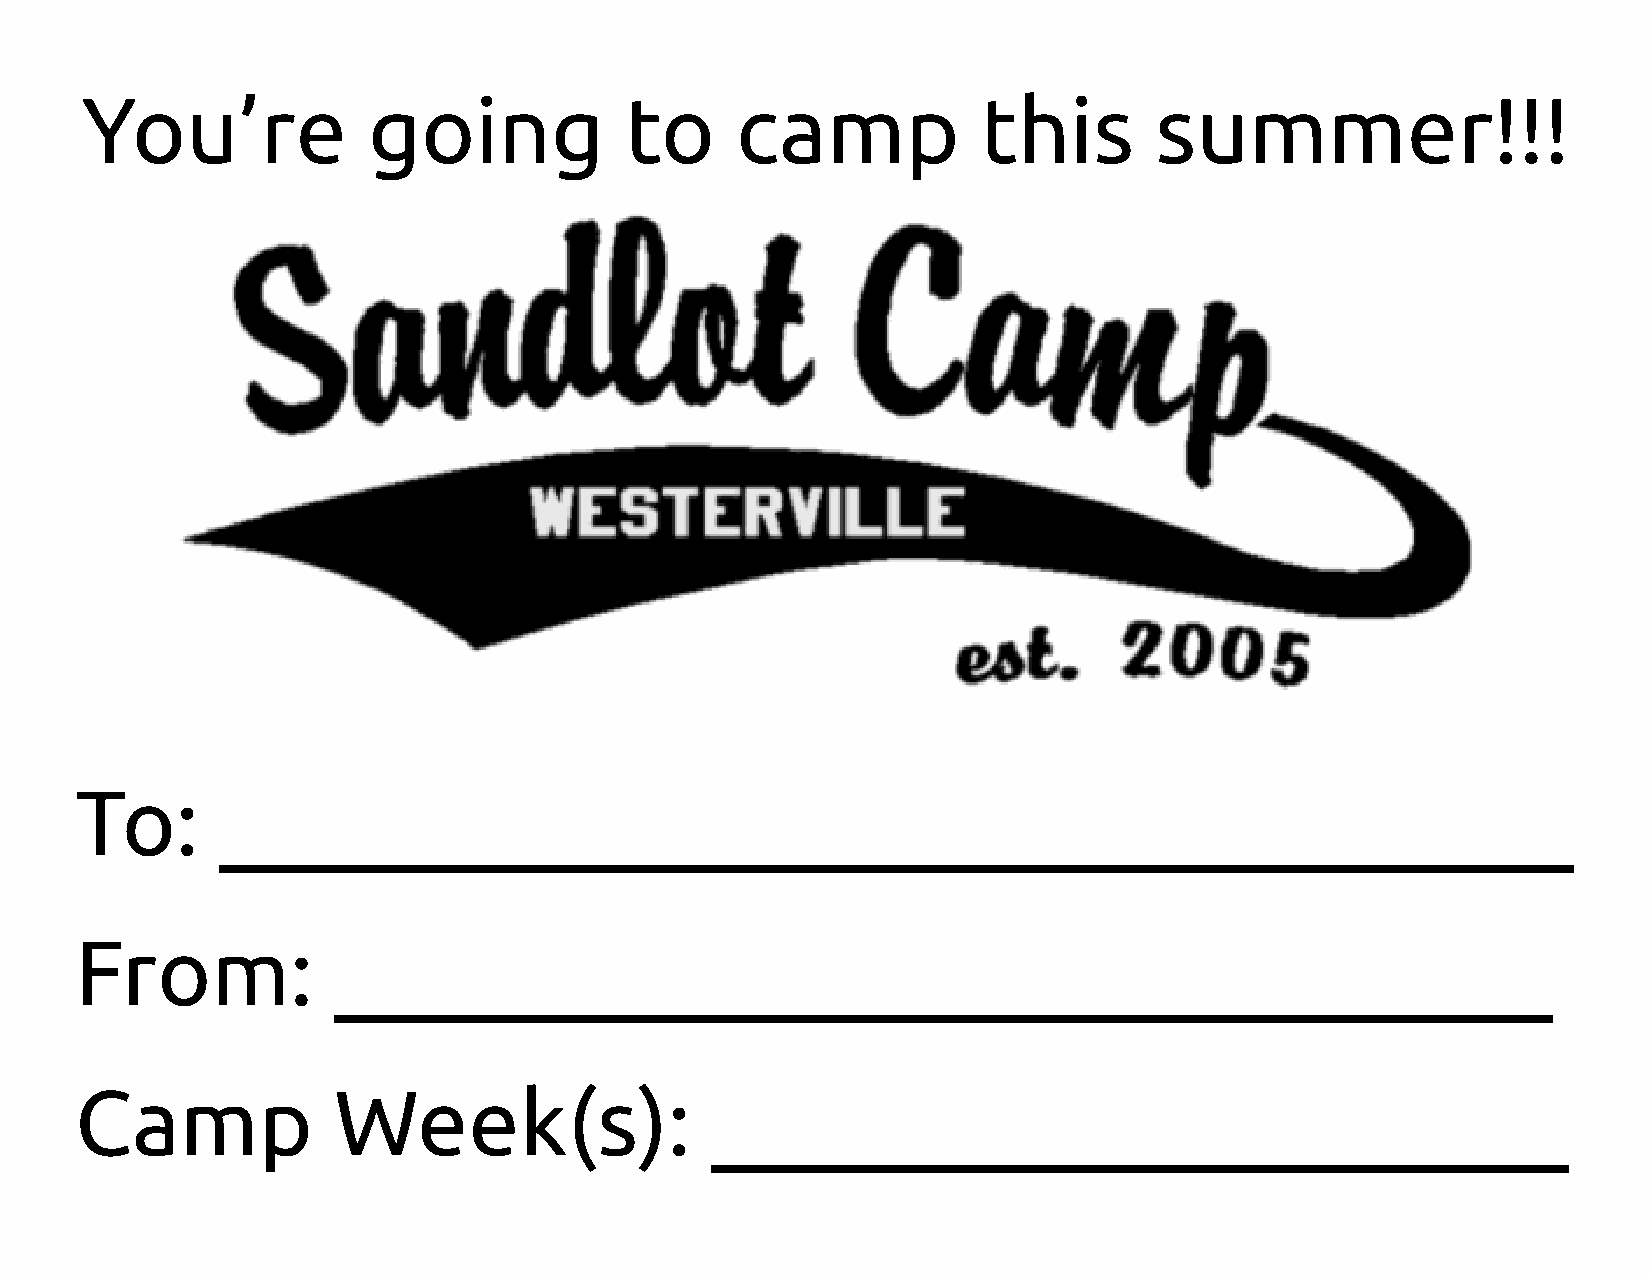
You’re             going            to      camp            this       summer!!!
 To:       ______________________________
 From:            ___________________________
 Camp             Week(s):                 ___________________